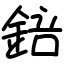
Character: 錇